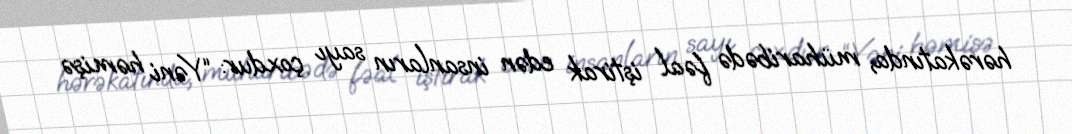
hərəkatında, müharibədə fəal iştirak edən insanların sayı çoxdur: “Yəni həmişə